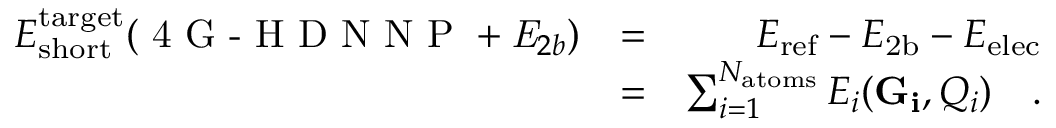
\begin{array} { r l r } { E _ { \mathrm { s h o r t } } ^ { \mathrm { t a r g e t } } ( { \textrm { 4 G - H D N N P } + \mathit { E } _ { 2 b } } ) } & { = } & { E _ { \mathrm { r e f } } - E _ { \mathrm { 2 b } } - E _ { \mathrm { e l e c } } } \\ & { = } & { \sum _ { i = 1 } ^ { N _ { \mathrm { a t o m s } } } E _ { i } ( \mathbf { G _ { i } } , Q _ { i } ) \quad . } \end{array}